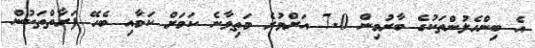
އެ ބިންހެލުންތަކުގެ ބާރުމިން 7.0 އަށްވުރެ މަތިވާނެ ކަމަށް ކަމާއި ބެހޭ ފަރާތްތަކުން